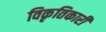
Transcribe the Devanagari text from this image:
विकृतिकारी